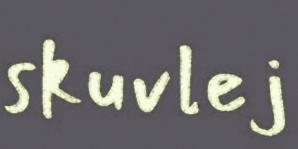
skuvlej